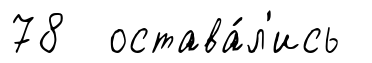
78 остава́л'ись